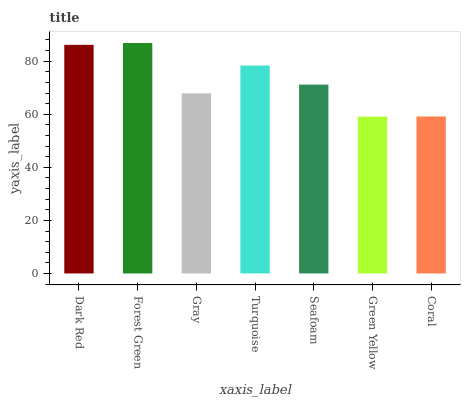
| xaxis_label | bars |
 | --- | --- |
 | Dark Red | 86.1 |
 | Forest Green | 86.8 |
 | Gray | 67.9 |
 | Turquoise | 78.4 |
 | Seafoam | 71.2 |
 | Green Yellow | 59.1 |
 | Coral | 59.2 |